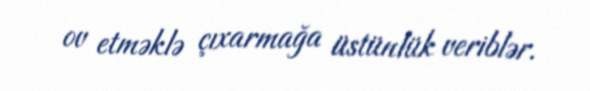
ov etməklə çıxarmağa üstünlük veriblər.